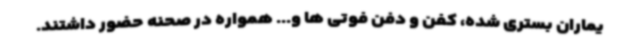
یماران بستری شده، کفن و دفن فوتی ها و... همواره در صحنه حضور داشتند.